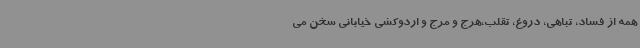
همه از فساد، تباهی، دروغ، تقلب،هرج و مرج و اردوکشی خیابانی سخن می